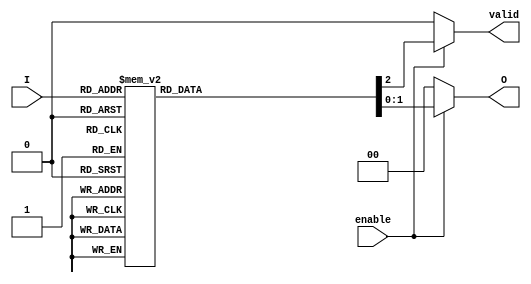
module priority_encoder (
    input wire [3:0] I,            // 4 input lines
    input wire enable,              // Enable input
    output reg [1:0] O,            // 2 output lines
    output reg valid                // Valid output indicator
);

// Priority Encoder Logic
always @(*) begin
    if (!enable) begin
        // If enable is low, output should be zero
        O = 2'b00;
        valid = 1'b0; // No valid input
    end else begin
        // Default output state
        O = 2'b00;
        valid = 1'b1; // Assume valid input initially
        
        // Priority encoding logic
        case (I)
            4'b0000: begin
                O = 2'b00; // No active inputs
                valid = 1'b0; // No valid input
            end
            4'b0001: O = 2'b00; // I0 is active
            4'b0010: O = 2'b01; // I1 is active
            4'b0011: O = 2'b01; // I1 is active (higher priority)
            4'b0100: O = 2'b10; // I2 is active
            4'b0101: O = 2'b10; // I2 is active (higher priority)
            4'b0110: O = 2'b10; // I2 is active (higher priority)
            4'b0111: O = 2'b10; // I2 is active (higher priority)
            4'b1000: O = 2'b11; // I3 is active
            4'b1001: O = 2'b11; // I3 is active (higher priority)
            4'b1010: O = 2'b11; // I3 is active (higher priority)
            4'b1011: O = 2'b11; // I3 is active (higher priority)
            4'b1100: O = 2'b11; // I3 is active (higher priority)
            4'b1101: O = 2'b11; // I3 is active (higher priority)
            4'b1110: O = 2'b11; // I3 is active (higher priority)
            4'b1111: O = 2'b11; // I3 is active (higher priority)
            default: begin
                O = 2'b00; // Fallback state
                valid = 1'b0; // No valid input
            end
        endcase
    end
end

endmodule